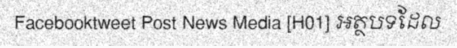
Facebooktweet Post News Media [H01] អត្ថបទដែល